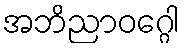
အဘိညာဝဂ္ဂေါ